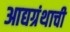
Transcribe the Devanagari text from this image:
आद्यग्रंथाची